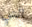
التي